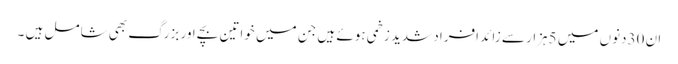
ان 30دنوں میں 5ہزار سے زائد افراد شدید زخمی ہوئے ہیں جن میں خواتین بچے اور بزرگ بھی شامل ہیں ۔